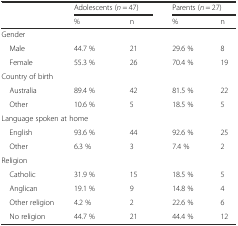
<table><thead><tr><td></td><td colspan="2"><b>Adolescents (<i>n</i> = 47)</b></td><td colspan="2"><b>Parents (<i>n</i> = 27)</b></td></tr><tr><td></td><td><b>%</b></td><td><b>n</b></td><td><b>%</b></td><td><b>n</b></td></tr></thead><tbody><tr><td colspan="5">Gender</td></tr><tr><td> Male</td><td>44.7 %</td><td>21</td><td>29.6 %</td><td>8</td></tr><tr><td> Female</td><td>55.3 %</td><td>26</td><td>70.4 %</td><td>19</td></tr><tr><td colspan="5">Country of birth</td></tr><tr><td> Australia</td><td>89.4 %</td><td>42</td><td>81.5 %</td><td>22</td></tr><tr><td> Other</td><td>10.6 %</td><td>5</td><td>18.5 %</td><td>5</td></tr><tr><td colspan="5">Language spoken at home</td></tr><tr><td> English</td><td>93.6 %</td><td>44</td><td>92.6 %</td><td>25</td></tr><tr><td> Other</td><td>6.3 %</td><td>3</td><td>7.4 %</td><td>2</td></tr><tr><td colspan="5">Religion</td></tr><tr><td> Catholic</td><td>31.9 %</td><td>15</td><td>18.5 %</td><td>5</td></tr><tr><td> Anglican</td><td>19.1 %</td><td>9</td><td>14.8 %</td><td>4</td></tr><tr><td> Other religion</td><td>4.2 %</td><td>2</td><td>22.6 %</td><td>6</td></tr><tr><td> No religion</td><td>44.7 %</td><td>21</td><td>44.4 %</td><td>12</td></tr></tbody></table>